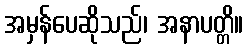
အမှန်ပေဆိုသည်၊ အနာပတ္တိ။